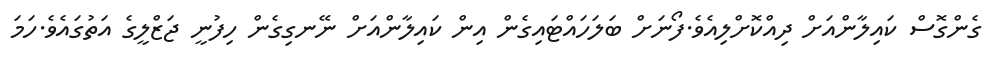
ގެންގޮސް ކައިލާންއަށް ދިއްކޮށްލިއެވެ.ފޯނަށް ބަލަހައްޓައިގެން އިން ކައިލާންއަށް ނޭނގިގެން ހިފުނީ ޖަޒްލީގެ އަތުގައެވެ.ހަމަ